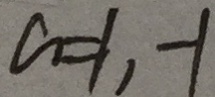
a = 1 , - 1